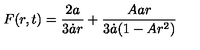
F ( r , t ) = \frac { 2 a } { 3 \dot { a } r } + \frac { A a r } { 3 \dot { a } ( 1 - A r ^ { 2 } ) }